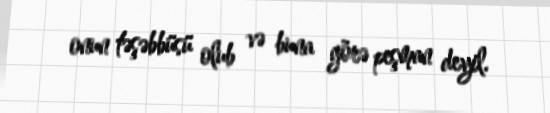
onun təşəbbüsü olub və buna görə peşman deyil.